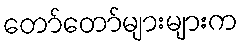
တော်တော်များများက